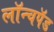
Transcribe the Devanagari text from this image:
लॉन्चपॅड